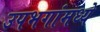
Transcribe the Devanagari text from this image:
उपभगांमध्ये